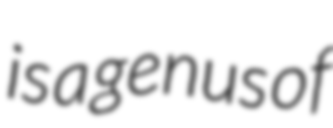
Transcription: is a genus of